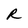
Character: R